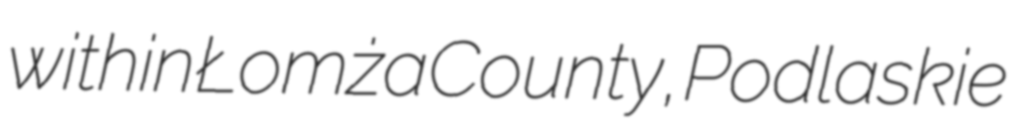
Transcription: within Łomża County, Podlaskie